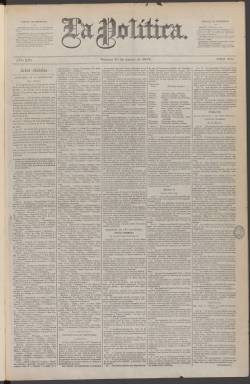
Título: La Política (Madrid. 1863)
Colección: Periódicos
Ámbito geográfico: Madrid
Lugar de publicación: Madrid
Fechas: 10/08/1878-24/02/1881